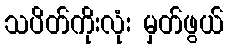
သပိတ်ကိုးလုံး မှတ်ဖွယ်